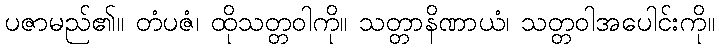
ပဇာမည်၏။ တံပဇံ၊ ထိုသတ္တဝါကို။ သတ္တာနိဏာယံ၊ သတ္တဝါအပေါင်းကို။